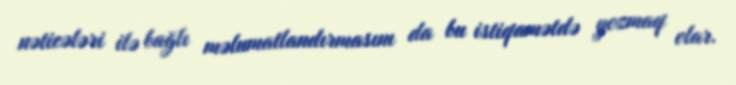
nəticələri ilə bağlı məlumatlandırmasını da bu istiqamətdə yozmaq olar.